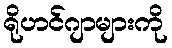
ရိုဟင်ဂျာများကို